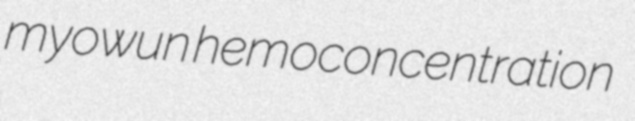
myowun hemoconcentration